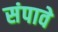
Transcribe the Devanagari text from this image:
संपावे